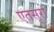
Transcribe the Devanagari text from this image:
एतसूरो